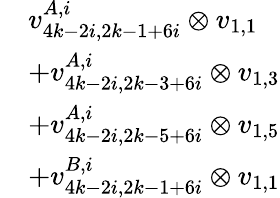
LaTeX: \begin{array}{rl}&{v_{4k-2i,2k-1+6i}^{A,i}\otimes v_{1,1}}\\ &{+v_{4k-2i,2k-3+6i}^{A,i}\otimes v_{1,3}}\\ &{+v_{4k-2i,2k-5+6i}^{A,i}\otimes v_{1,5}}\\ &{+v_{4k-2i,2k-1+6i}^{B,i}\otimes v_{1,1}}\end{array}